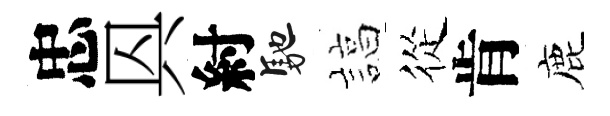
忠㒷紂馳諄從肯鹿